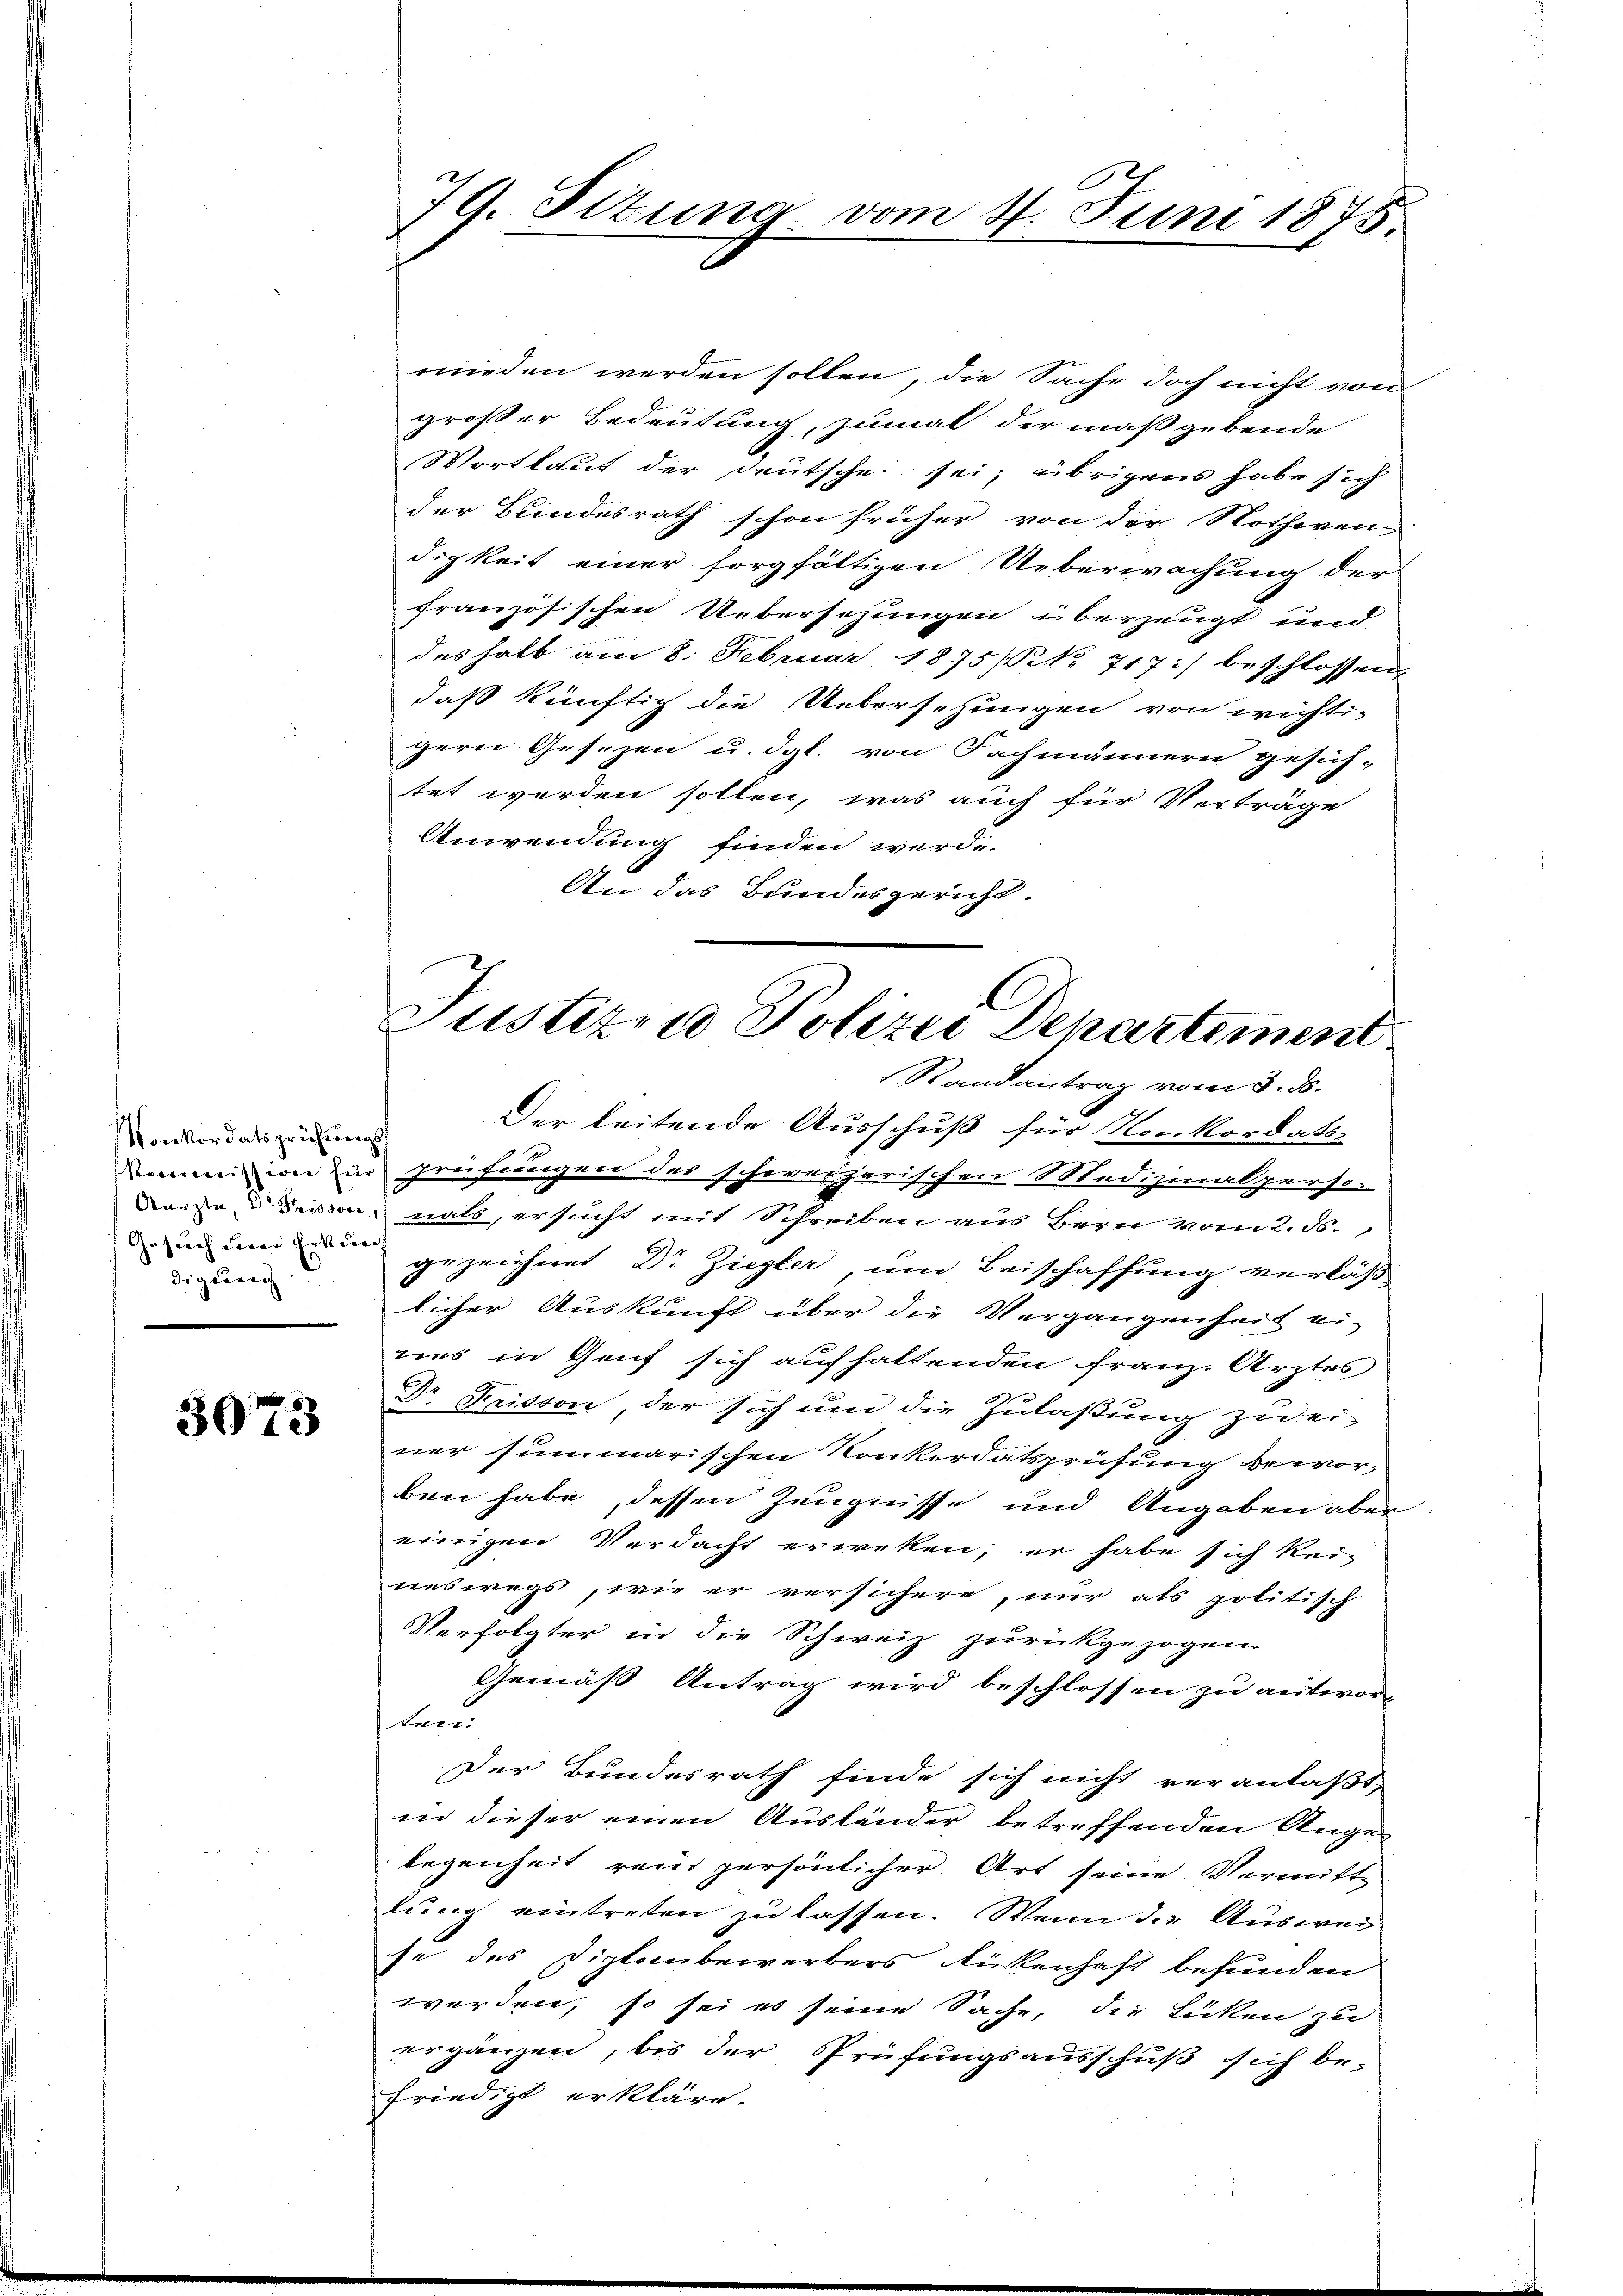
Konkordatsprüfungs
digung

3073

mieden werden sollen, die Sache doch nicht von
großer Bedeutung, zumal der maßgebende
Wortlaut der deutsche sei; übrigens habe sich
der Bundesrath schon früher von der Nothwen-
digkeit einer sorgfältigen Ueberwachung der
französischen Uebersehungen überzeugt und
deshalb am 8. Februar 1875/NNo. 717:/ beschlossen,
daß künftig die Uebersetzungen von wichti-
gern Gesezen u. dgl. von Fachmännern gesich-
tet werden sollen, was auch für Verträge
Anwendung finden werde.
An das Bundesgericht.

79. Sizung vom 4. Juni 1875.

C
Justizen Polizei Departement
Randantrag vom 3. ds.

Der leitende Ausschuß für Konkordats-
omm wie in Prüfungen des schoreizerischen Medizinalperso-
Sorte u essen, nals, ersucht mit Schreiben aus Bern vom 2. F.
din um gezeichnet Dr Ziegler, um Beischaffung verläß-
licher Auskunft über die Vergangenheit ei-
nes in Genf sich aufhaltenden Franz Arztes
Dr Fritson, der sich um die Zulaßung zu ei-
ner summarischen Konkordatsprüfung beworben habe, dessen Zeugnisse und Angaben aber
einigen Verdacht erweken, er habe sich kei-
neswegs, wie er versichere, nur als politisch
Verfolgter in die Schweiz zurückgezogen.
Gemäß Antrag wird beschlossen zu antwor-
lan
Der Bundesrath finde sich nicht veranlaßt,
in dieser einen Ausländer betreffenden Angelegenheit rein persönlicher. Art seine Vermitte
lung eintreten zu lassen. Wenn die Auswei
se des Diploubewerbers Rückenhaft befunden
werden, so sei es seine Sache, die Lücken zu
ergänzen, bis der Prüfungsausschuß sich be-
friedigt erkläre.